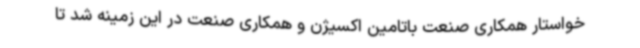
خواستار همکاری صنعت باتامین اکسیژن و همکاری صنعت در این زمینه شد تا